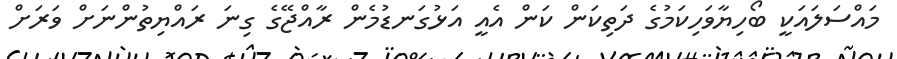
މައްސަލައަކީ ބޯހިޔާވަހިކަމުގެ ދަތިކަން ކަން އެއީ އަޅުގަނޑުމެން ރާއްޖޭގެ ގިނަ ރައްޔިތުންނަށް ވަރަށް